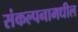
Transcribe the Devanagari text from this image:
संकल्पनामधील